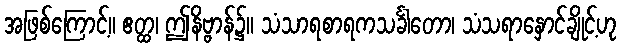
အဖြစ်ကြောင့်။ ဧတ္ထ၊ ဤနိဗ္ဗာန်၌။ သံသာရစာရကသင်္ခါတော၊ သံသရာနှောင်ချိုင့်ဟု